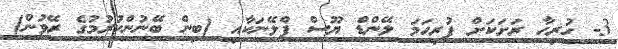
3- ހުރިހާ ރަށަކަށް ފުރިހަމަ ލޭންޑް ޔޫސް ޕްލޭނަކާއި (ބިން ބޭނުންކުރުމުގެ ރޭވުން)